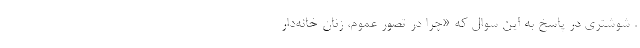
. شوشتری در پاسخ به این سوال که «چرا در تصور عموم، زنان خانه‌دار